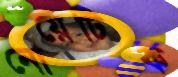
নোয়েটিক